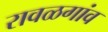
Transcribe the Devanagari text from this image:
रावळगांव